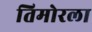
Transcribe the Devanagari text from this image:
तिमोरला